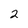
Character: 2